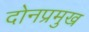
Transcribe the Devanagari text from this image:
दोनप्रमुख